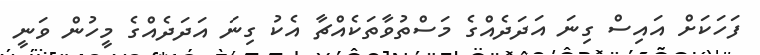
ފަހަކަށް އައިސް ގިނަ އަދަދެއްގެ މަސްތުވާތަކެއްޗާ އެކު ގިނަ އަދަދެއްގެ މީހުން ވަނީ